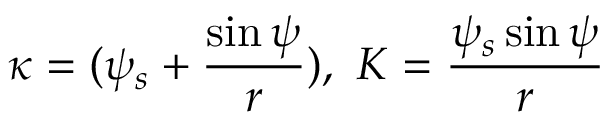
\kappa = ( \psi _ { s } + \frac { \sin \psi } { r } ) , ~ K = \frac { \psi _ { s } \sin \psi } { r }